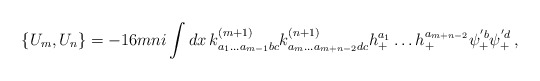
\begin{align*}\{ U_m , U_n \} = -16mni \int dx \, k^{(m+1)}_{a_1 \ldots a_{m-1} bc} k^{(n+1)}_{a_m \ldots a_{m+n-2}dc} h_+^{a_1} \ldots h_+^{a_{m+n-2}} \psi_+^{'b} \psi_+^{'d} \, ,\end{align*}